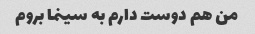
من هم دوست دارم به سینما بروم